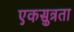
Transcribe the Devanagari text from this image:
एकसुत्रता